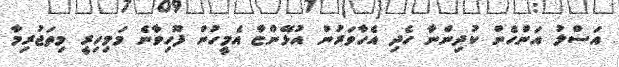
އަސްލު އަންހެން ކުދިންނާ ހެދި އެހާވަރުން އުޅޭންޏާ އެމީހުން ފޫހިވާނެ މަމިހިރީ މިތަޖުރިމާ